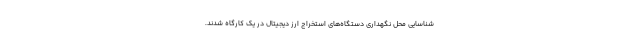
شناسایی محل نگهداری دستگاه‌های استخراج ارز دیجیتال در یک کارگاه شدند.